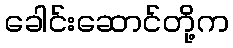
ခေါင်းဆောင်တို့က